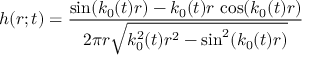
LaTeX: h ( r ; t ) = \frac { \sin ( k _ { 0 } ( t ) r ) - k _ { 0 } ( t ) r \, \cos ( k _ { 0 } ( t ) r ) } { 2 \pi r \sqrt { k _ { 0 } ^ { 2 } ( t ) r ^ { 2 } - \sin ^ { 2 } ( k _ { 0 } ( t ) r ) } }